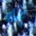
به